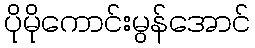
ပိုမိုကောင်းမွန်အောင်